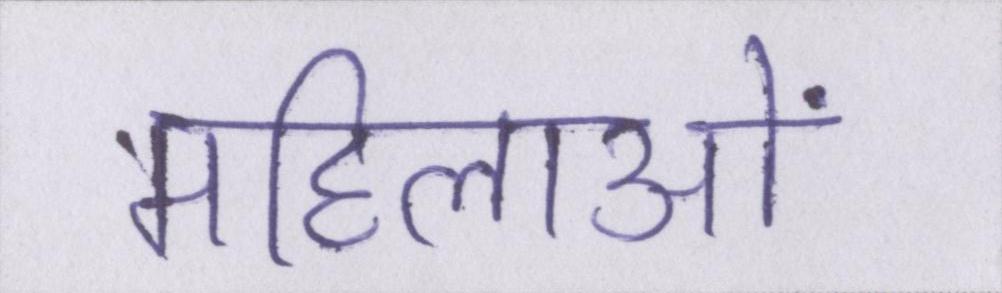
महिलाओं